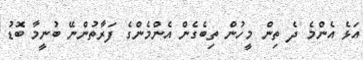
އަޅެ އެންމެ ދެ ތިން މީހުން ތިބެގެން އެންމެންގެ ފަރާތުންނޭ ބުނީމާ ބޮޑު